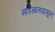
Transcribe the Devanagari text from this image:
साडेसातपासून